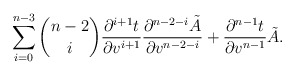
\begin{align*} \sum_{i=0}^{n-3}\binom{n-2}{i}\frac{\partial^{i+1}t}{\partial v^{i+1}}\frac{\partial^{n-2-i}\tilde{A}}{\partial v^{n-2-i}}+\frac{\partial^{n-1}t}{\partial v^{n-1}}\tilde{A}.\end{align*}